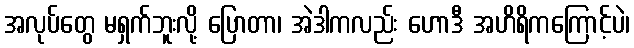
အလုပ်တွေ မရှက်ဘူးလို့ ပြောတာ၊ အဲဒါကလည်း ဟောဒီ အဟိရိကကြောင့်ပဲ၊